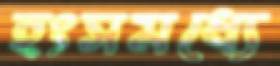
হংসমধ্যে